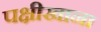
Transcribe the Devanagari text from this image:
पक्षीखाना